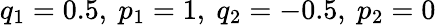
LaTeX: q_{1}=0.5,\ p_{1}=1,\ q_{2}=-0.5,\ p_{2}=0